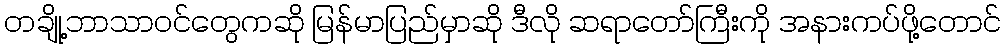
တချို့ဘာသာဝင်တွေကဆို မြန်မာပြည်မှာဆို ဒီလို ဆရာတော်ကြီးကို အနားကပ်ဖို့တောင်